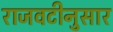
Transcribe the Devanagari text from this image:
राजवटीनुसार